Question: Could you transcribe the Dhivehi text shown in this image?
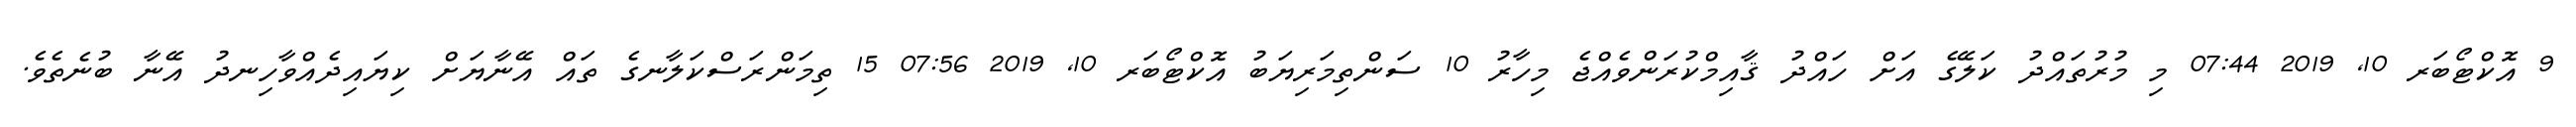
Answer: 9 އޮކްޓޯބަރ 10, 2019 07:44 މި މުރުތައްދު ކަލޭގެ އަށް ހައްދު ޤާއިމްކުރަންވެއްޖެ މިހާރު 10 ސަންތިމަރިޔަބު އޮކްޓޯބަރ 10, 2019 07:56 15 ތިމަންރަސްކަލާނގެ ތައް އޭނާޔަށް ކިޔައިދެއްވާހިނދު އޭނާ ބުނެތެވެ.